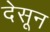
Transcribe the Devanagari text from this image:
देसून